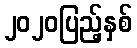
၂၀၂၀ပြည့်နှစ်